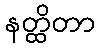
နတ္ထိတာ